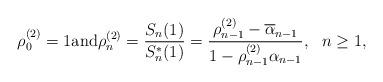
LaTeX: \begin{align*} \rho_{0}^{(2)} = 1 \mbox{and} \rho_{n}^{(2)} = \frac{S_n(1)}{S_n^{\ast}(1)} = \frac{\rho_{n-1}^{(2)} - \overline{\alpha}_{n-1}}{1 - \rho_{n-1}^{(2)} \alpha_{n-1}} , \ \ n \geq 1,\end{align*}